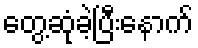
တွေ့ဆုံခဲ့ပြီးနောက်